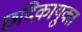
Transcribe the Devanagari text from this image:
छदिकायुक्त